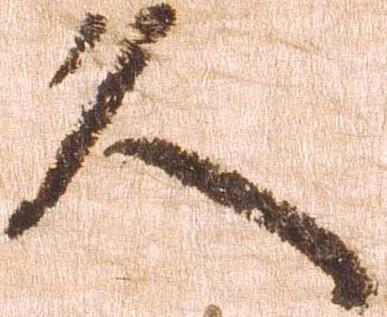
久